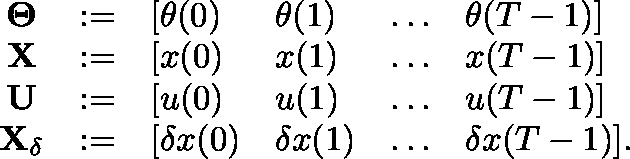
\begin{array} { r } { \begin{array} { c c l l l l } { \mathbf { \Theta } } & { : = } & { [ \theta ( 0 ) } & { \theta ( 1 ) } & { \ldots } & { \theta ( T - 1 ) ] } \\ { \mathbf { X } } & { : = } & { [ x ( 0 ) } & { x ( 1 ) } & { \ldots } & { x ( T - 1 ) ] } \\ { \mathbf { U } } & { : = } & { [ u ( 0 ) } & { u ( 1 ) } & { \ldots } & { u ( T - 1 ) ] } \\ { \mathbf { X } _ { \delta } } & { : = } & { [ \delta x ( 0 ) } & { \delta x ( 1 ) } & { \ldots } & { \delta x ( T - 1 ) ] . } \end{array} } \end{array}